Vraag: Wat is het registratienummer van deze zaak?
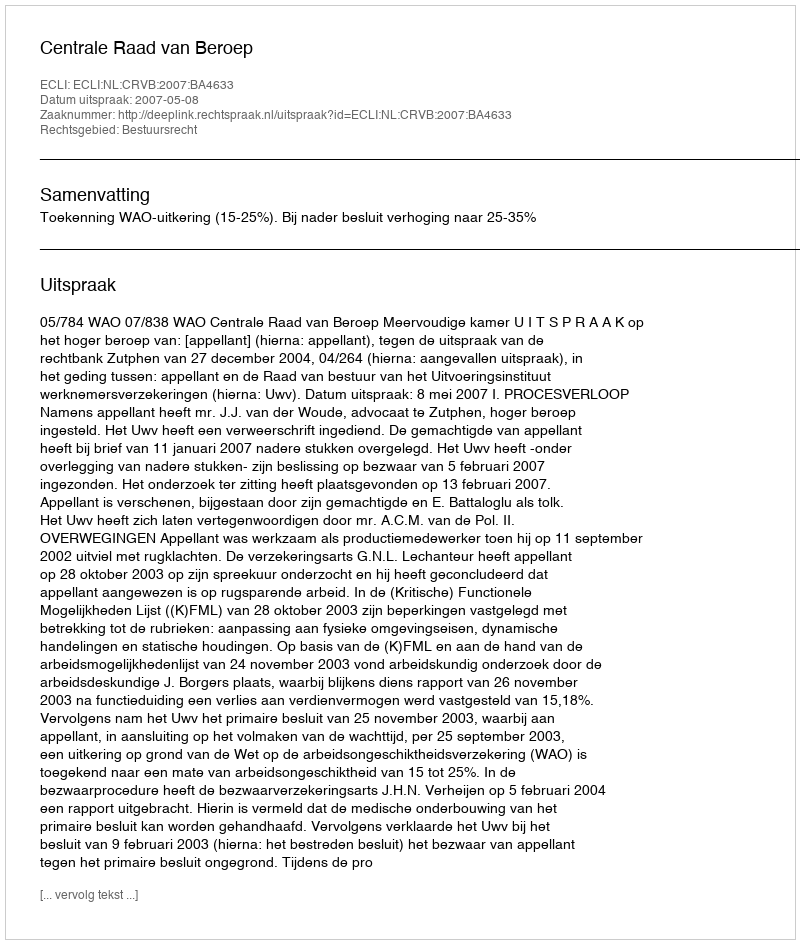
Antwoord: http://deeplink.rechtspraak.nl/uitspraak?id=ECLI:NL:CRVB:2007:BA4633